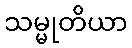
သမ္မုတိယာ